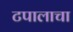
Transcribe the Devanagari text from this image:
टपालाचा